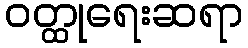
ဝတ္ထုရေးဆရာ